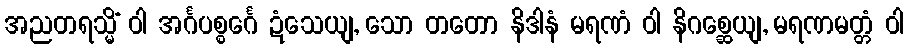
အညတရသ္မိံ ဝါ အင်္ဂပစ္စင်္ဂေ ဍံသေယျ, သော တတော နိဒါနံ မရဏံ ဝါ နိဂစ္ဆေယျ, မရဏမတ္တံ ဝါ